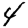
Digit: 4